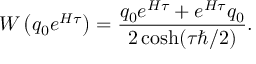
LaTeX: { \cal W } \left( q _ { 0 } e ^ { { \cal H } \tau } \right) = { \frac { q _ { 0 } e ^ { { \cal H } \tau } + e ^ { { \cal H } \tau } q _ { 0 } } { 2 \cosh ( \tau \hbar / 2 ) } } .